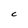
Character: C